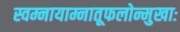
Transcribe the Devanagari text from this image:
स्वम्नायाम्नातूफलोन्मुखाः